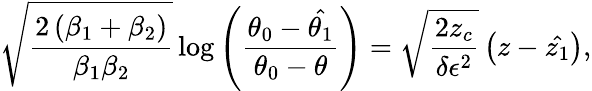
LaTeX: \sqrt{\frac{2\left(\beta_{1}+\beta_{2}\right)}{\beta_{1}\beta_{2}}}\log{\left(\frac{\theta_{0}-\hat{\theta_{1}}}{\theta_{0}-\theta}\right)}=\sqrt{\frac{2z_{c}}{\delta\epsilon^{2}}}\left(z-\hat{z_{1}}\right),